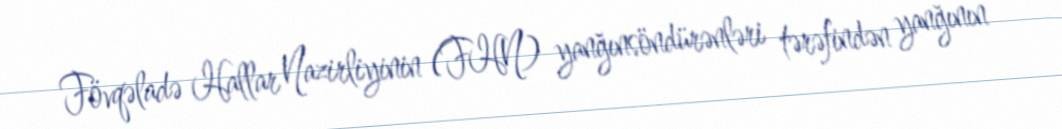
Fövqəladə Hallar Nazirliyinin (FHN) yanğınsöndürənləri tərəfindən yanğının